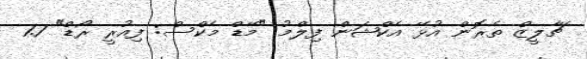
ޗާލީޒް ތެރޮން އުޅޭ އެކްޝަން ފިލްމު "މޭޑް މެކްސް: ފިިއުރީ ރޯޑް" 1.7